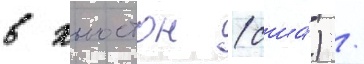
в хьюстон (сша́) /